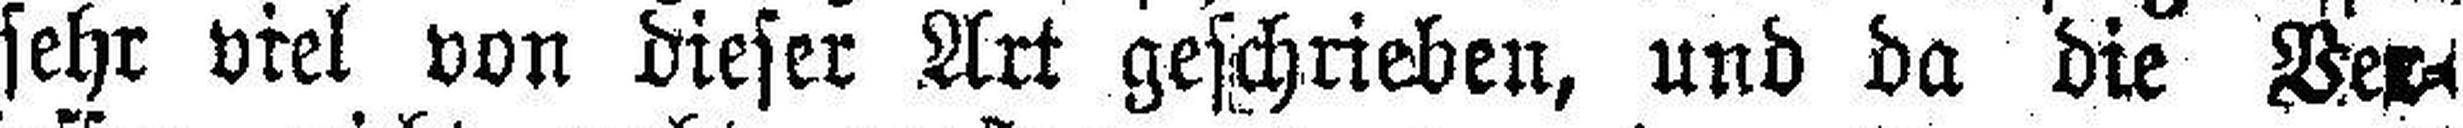
sehr viel von dieser Art geschrieben, und da die Ver¬